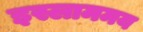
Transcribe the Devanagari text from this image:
इस्लाममय